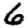
Digit: 6